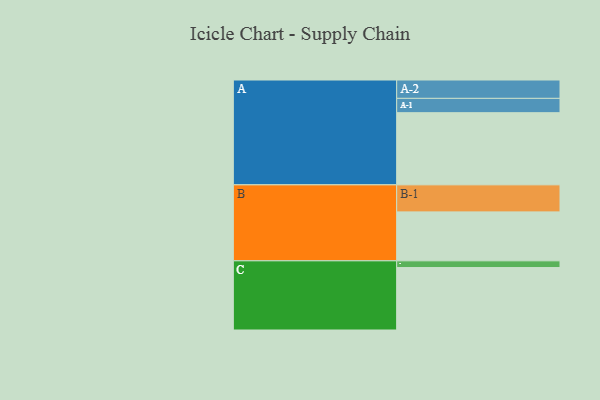
{"axis": {"x": "Segment", "y": "Value"}, "legend": ["", "A", "B", "C"], "data": [{"x": "A", "y": 550, "type": ""}, {"x": "B", "y": 373, "type": ""}, {"x": "C", "y": 476, "type": ""}, {"x": "A-1", "y": 109, "type": "A"}, {"x": "A-2", "y": 140, "type": "A"}, {"x": "B-1", "y": 206, "type": "B"}, {"x": "C-1", "y": 51, "type": "C"}]}